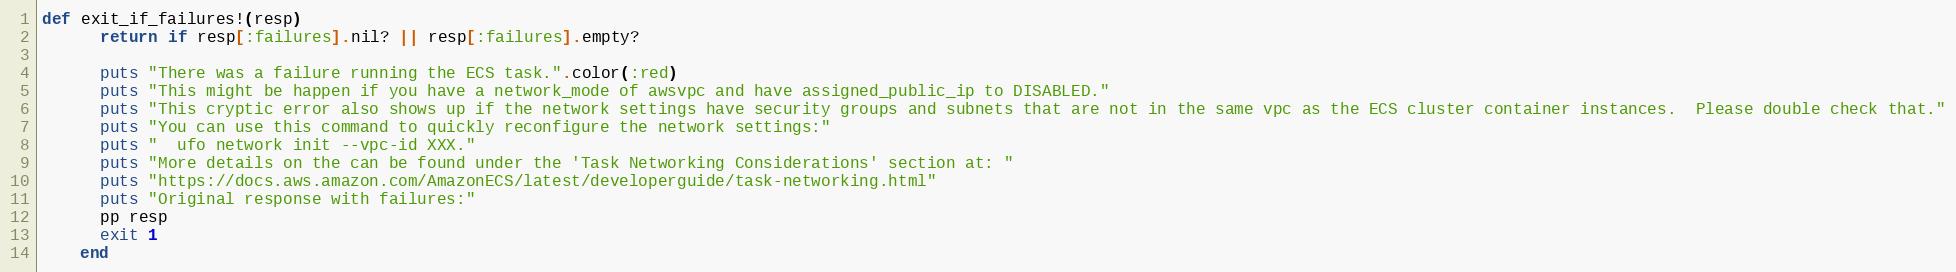
Language: Ruby
def exit_if_failures!(resp)
      return if resp[:failures].nil? || resp[:failures].empty?

      puts "There was a failure running the ECS task.".color(:red)
      puts "This might be happen if you have a network_mode of awsvpc and have assigned_public_ip to DISABLED."
      puts "This cryptic error also shows up if the network settings have security groups and subnets that are not in the same vpc as the ECS cluster container instances.  Please double check that."
      puts "You can use this command to quickly reconfigure the network settings:"
      puts "  ufo network init --vpc-id XXX."
      puts "More details on the can be found under the 'Task Networking Considerations' section at: "
      puts "https://docs.aws.amazon.com/AmazonECS/latest/developerguide/task-networking.html"
      puts "Original response with failures:"
      pp resp
      exit 1
    end